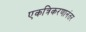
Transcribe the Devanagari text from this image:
एकत्रिकरणानंतर